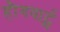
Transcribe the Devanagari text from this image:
हौगवार्ट्स